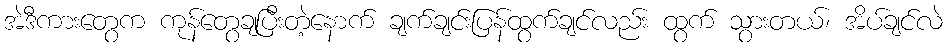
အဲဒီကားတွေက ကုန်တွေချပြီးတဲ့နောက် ချက်ချင်းပြန်ထွက်ချင်လည်း ထွက် သွားတယ်၊ အိပ်ချင်လဲ